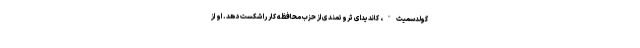
گولدسمیث"، کاندیدای ثروتمندی از حزب محافظه کار را شکست دهد. او از